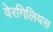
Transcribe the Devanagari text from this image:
वेरगिलियस